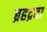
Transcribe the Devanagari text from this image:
ब्रहद्रवा